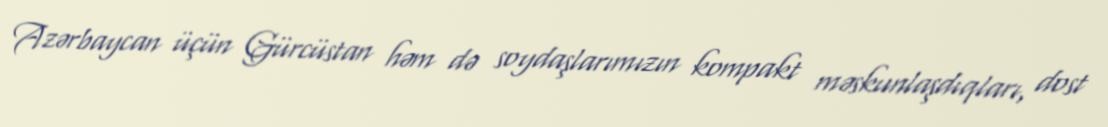
Azərbaycan üçün Gürcüstan həm də soydaşlarımızın kompakt məskunlaşdıqları, dost